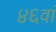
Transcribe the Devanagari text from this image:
४६वां